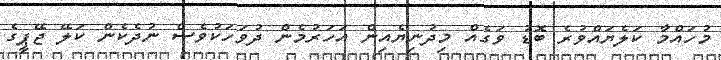
މުހައްމާ ކަލެޔައްވުރެ ބޮޑު ވަގެއް މިދުނިޔެއިން އަހަރުމެން ދުވަހަކުވެސް ނުދެކެން ކަލޭ ޖޭޕީގެ